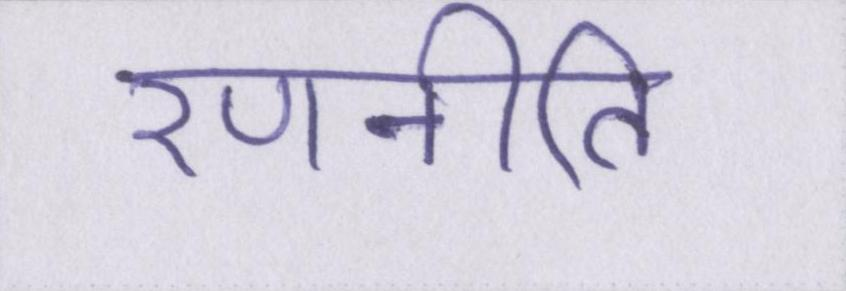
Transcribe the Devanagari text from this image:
रणनीति